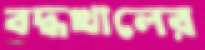
বদ্ধখালের